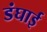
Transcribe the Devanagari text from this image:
डंघाई